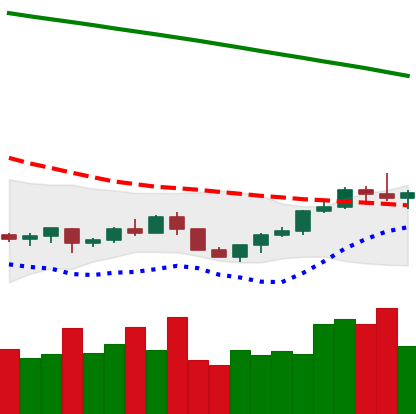
Ticker: LTC-USD
Chart end date: 2022-07-21
Forward return: -7.418%
Label: down_7plus